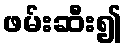
ဖမ်းဆီး၍